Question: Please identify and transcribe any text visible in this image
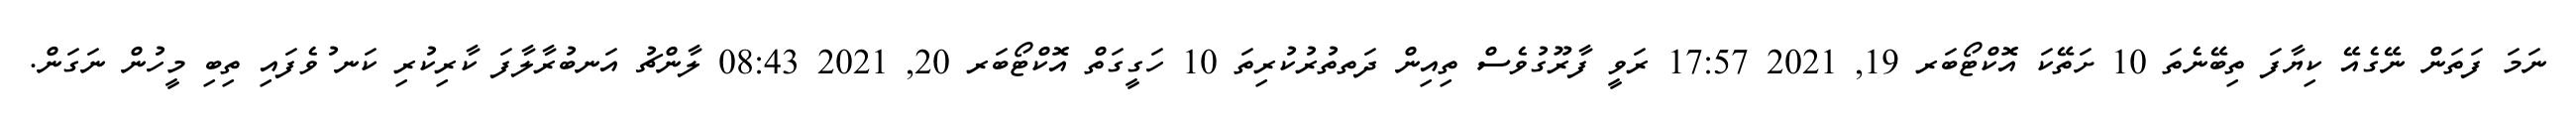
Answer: ނަމަ ފަތަން ނޭގެއޭ ކިޔާފަ ތިބޭނެތަ 10 ށަތޭކަ އޮކްޓޯބަރ 19, 2021 17:57 ރަވީ ފާރޫގުވެސް ތިއިން ދަތތުރުކުރިތަ 10 ހަގީގަތް އޮކްޓޯބަރ 20, 2021 08:43 ލާންޗު އަނބުރާލާފަ ކާރިކުރި ކަނޱުވެފައި ތިބި މީހުން ނަގަން.